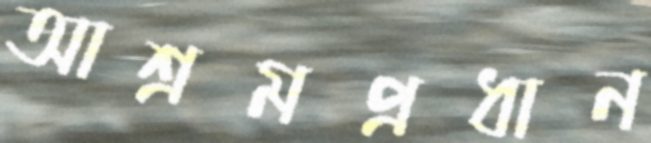
আশ্রমপ্রধান